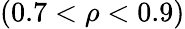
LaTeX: (0.7<\rho<0.9)